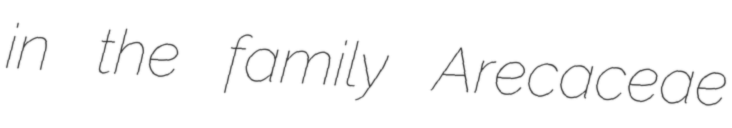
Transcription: in the family Arecaceae